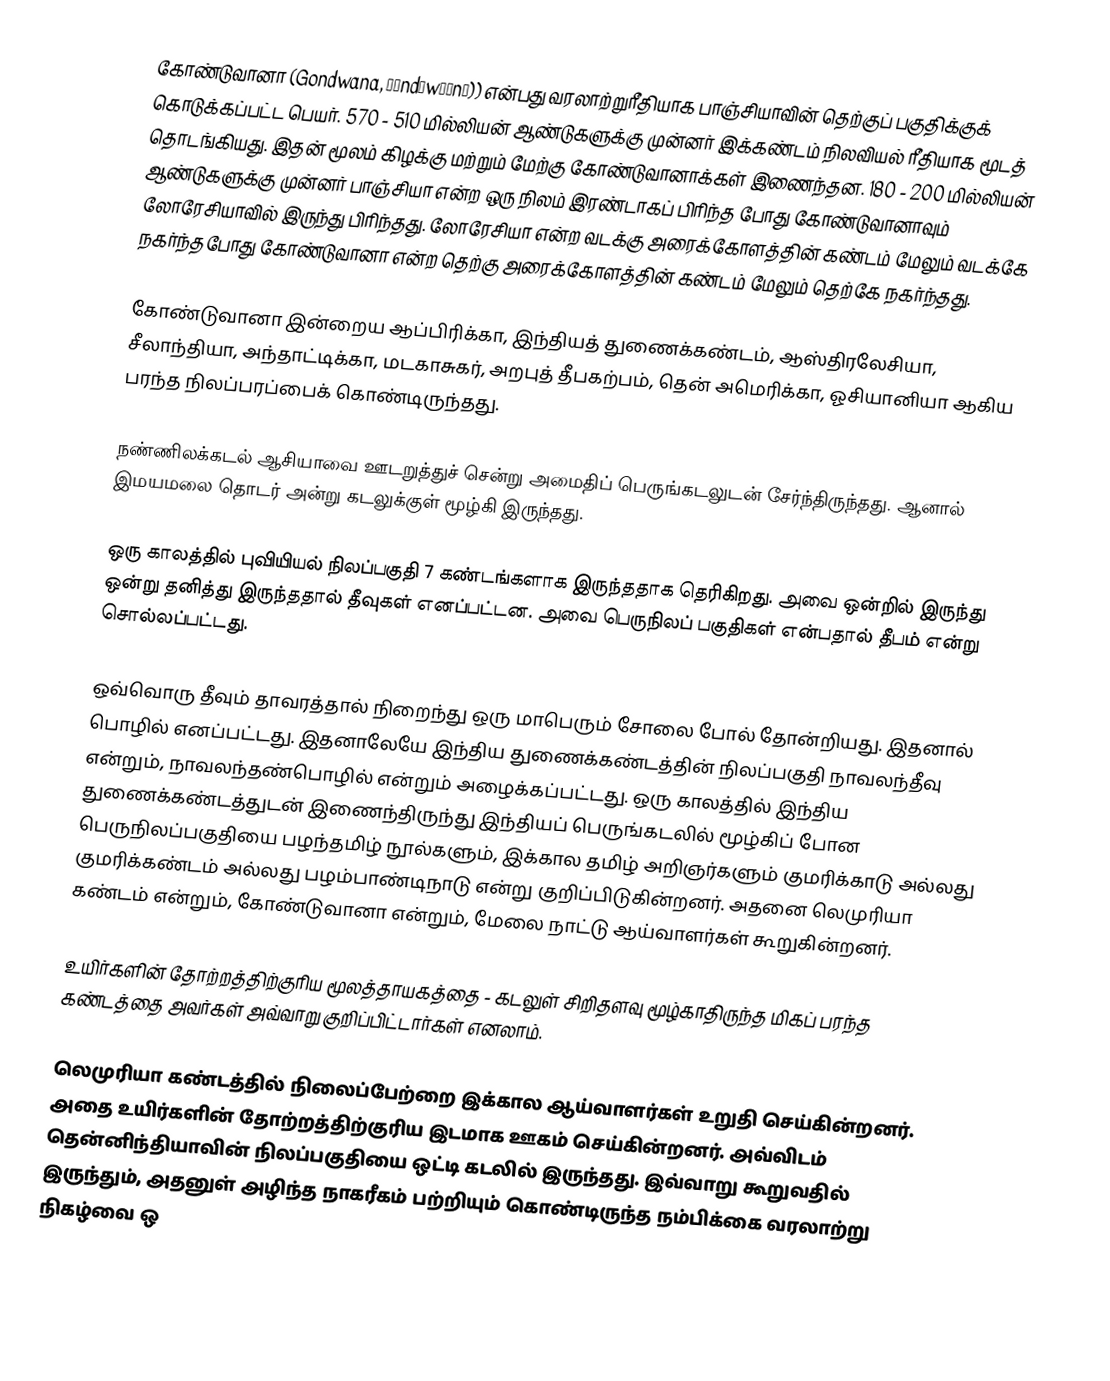
கோண்டுவானா (Gondwana, ɡɒndˈwɑːnə)) என்பது வரலாற்றுரீதியாக பாஞ்சியாவின் தெற்குப் பகுதிக்குக் கொடுக்கப்பட்ட பெயர். 570 - 510 மில்லியன் ஆண்டுகளுக்கு முன்னர் இக்கண்டம் நிலவியல் ரீதியாக மூடத் தொடங்கியது. இதன் மூலம் கிழக்கு மற்றும் மேற்கு கோண்டுவானாக்கள் இணைந்தன. 180 - 200 மில்லியன் ஆண்டுகளுக்கு முன்னர் பாஞ்சியா என்ற ஒரு நிலம் இரண்டாகப் பிரிந்த போது கோண்டுவானாவும் லோரேசியாவில் இருந்து பிரிந்தது. லோரேசியா என்ற வடக்கு அரைக்கோளத்தின் கண்டம் மேலும் வடக்கே நகர்ந்தபோது கோண்டுவானா என்ற தெற்கு அரைக்கோளத்தின் கண்டம் மேலும் தெற்கே நகர்ந்தது.

கோண்டுவானா இன்றைய ஆப்பிரிக்கா, இந்தியத் துணைக்கண்டம், ஆஸ்திரலேசியா, சீலாந்தியா, அந்தாட்டிக்கா, மடகாசுகர், அறபுத் தீபகற்பம், தென் அமெரிக்கா, ஓசியானியா ஆகிய பரந்த நிலப்பரப்பைக் கொண்டிருந்தது.

நண்ணிலக்கடல் ஆசியாவை ஊடறுத்துச் சென்று அமைதிப் பெருங்கடலுடன் சேர்ந்திருந்தது. ஆனால் இமயமலை தொடர் அன்று கடலுக்குள் மூழ்கி இருந்தது.

ஒரு காலத்தில் புவியியல் நிலப்பகுதி 7 கண்டங்களாக இருந்ததாக தெரிகிறது. அவை ஒன்றில் இருந்து ஒன்று தனித்து இருந்ததால் தீவுகள் எனப்பட்டன. அவை பெருநிலப் பகுதிகள் என்பதால் தீபம் என்று சொல்லப்பட்டது.

ஒவ்வொரு தீவும் தாவரத்தால் நிறைந்து ஒரு மாபெரும் சோலை போல் தோன்றியது. இதனால் பொழில் எனப்பட்டது. இதனாலேயே இந்திய துணைக்கண்டத்தின் நிலப்பகுதி நாவலந்தீவு என்றும், நாவலந்தண்பொழில் என்றும் அழைக்கப்பட்டது. ஒரு காலத்தில் இந்திய துணைக்கண்டத்துடன் இணைந்திருந்து இந்தியப் பெருங்கடலில் மூழ்கிப் போன பெருநிலப்பகுதியை பழந்தமிழ் நூல்களும், இக்கால தமிழ் அறிஞர்களும் குமரிக்காடு அல்லது குமரிக்கண்டம் அல்லது பழம்பாண்டிநாடு என்று குறிப்பிடுகின்றனர். அதனை லெமுரியா கண்டம் என்றும், கோண்டுவானா என்றும், மேலை நாட்டு ஆய்வாளர்கள் கூறுகின்றனர்.

உயிர்களின் தோற்றத்திற்குரிய மூலத்தாயகத்தை - கடலுள் சிறிதளவு மூழ்காதிருந்த மிகப் பரந்த கண்டத்தை அவர்கள் அவ்வாறு குறிப்பிட்டார்கள் எனலாம்.

லெமுரியா கண்டத்தில் நிலைப்பேற்றை இக்கால ஆய்வாளர்கள் உறுதி செய்கின்றனர். அதை உயிர்களின் தோற்றத்திற்குரிய இடமாக ஊகம் செய்கின்றனர். அவ்விடம் தென்னிந்தியாவின் நிலப்பகுதியை ஒட்டி கடலில் இருந்தது. இவ்வாறு கூறுவதில் இருந்தும், அதனுள் அழிந்த நாகரீகம் பற்றியும் கொண்டிருந்த நம்பிக்கை வரலாற்று நிகழ்வை ஒ